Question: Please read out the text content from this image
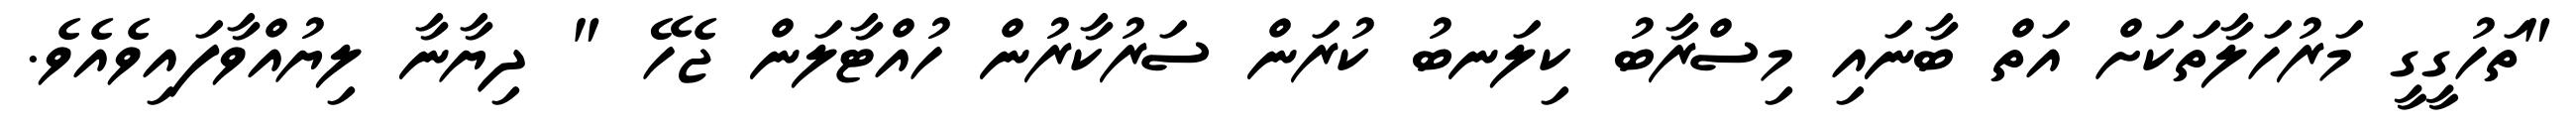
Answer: "ތަހުގީގީ މަރުހަލާތަކަށް އަތް ބާނައި މިސްރާބު ކިލަނބު ކުރަން ސަރުކާރުން ހުއްޓާލަން ޖެހޭ " ދިޔާނާ ލިޔުއްވާފައިވެއެވެ.